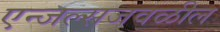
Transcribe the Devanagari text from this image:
एन्जल्सजवळील